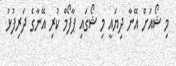
މި ޝޯއަށް އޭނާ ދިޔައީ މި ޝޯގައި ޕާފޯމް ކުރި އޭނާގެ ދަރިފުޅު